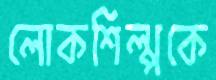
লোকশিল্পকে